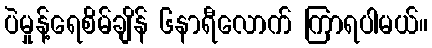
ပဲမှုန့်ရေစိမ်ချိန် ၆နာရီလောက် ကြာရပါမယ်။